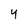
Character: y